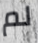
لم